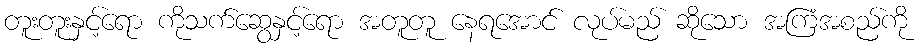
တူးတူးနှင့်ရော ကိုသက်ဆွေနှင့်ရော အတူတူ နေရအောင် လုပ်မည် ဆိုသော အကြံအစည်ကို